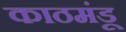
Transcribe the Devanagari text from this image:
काठमंडू